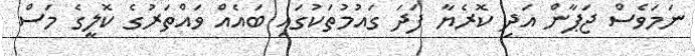
ނަމަވެސް ޖަޕާން އަދި ކޮރެޔާ ފަދަ ގައުމުތަކުގައި ބައެއް ވައްތަރުގެ ކޮލީގެ މަސް